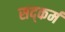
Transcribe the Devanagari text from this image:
सद्कर्म